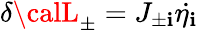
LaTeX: \delta{\calL}_{\pm}=J_{\pm\mathbf{i}}\dot{{\eta_{\mathbf{i}}}}